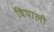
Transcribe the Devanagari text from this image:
विपाली